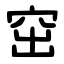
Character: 窋